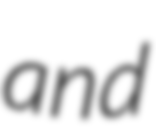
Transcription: and